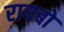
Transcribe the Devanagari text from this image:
रायबो